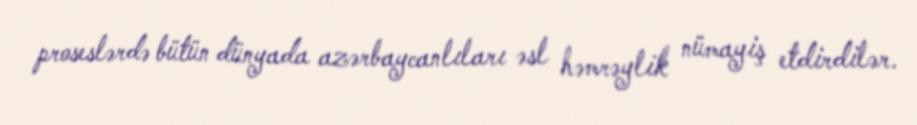
proseslərdə bütün dünyada azərbaycanlıları əsl həmrəylik nümayiş etdirdilər.